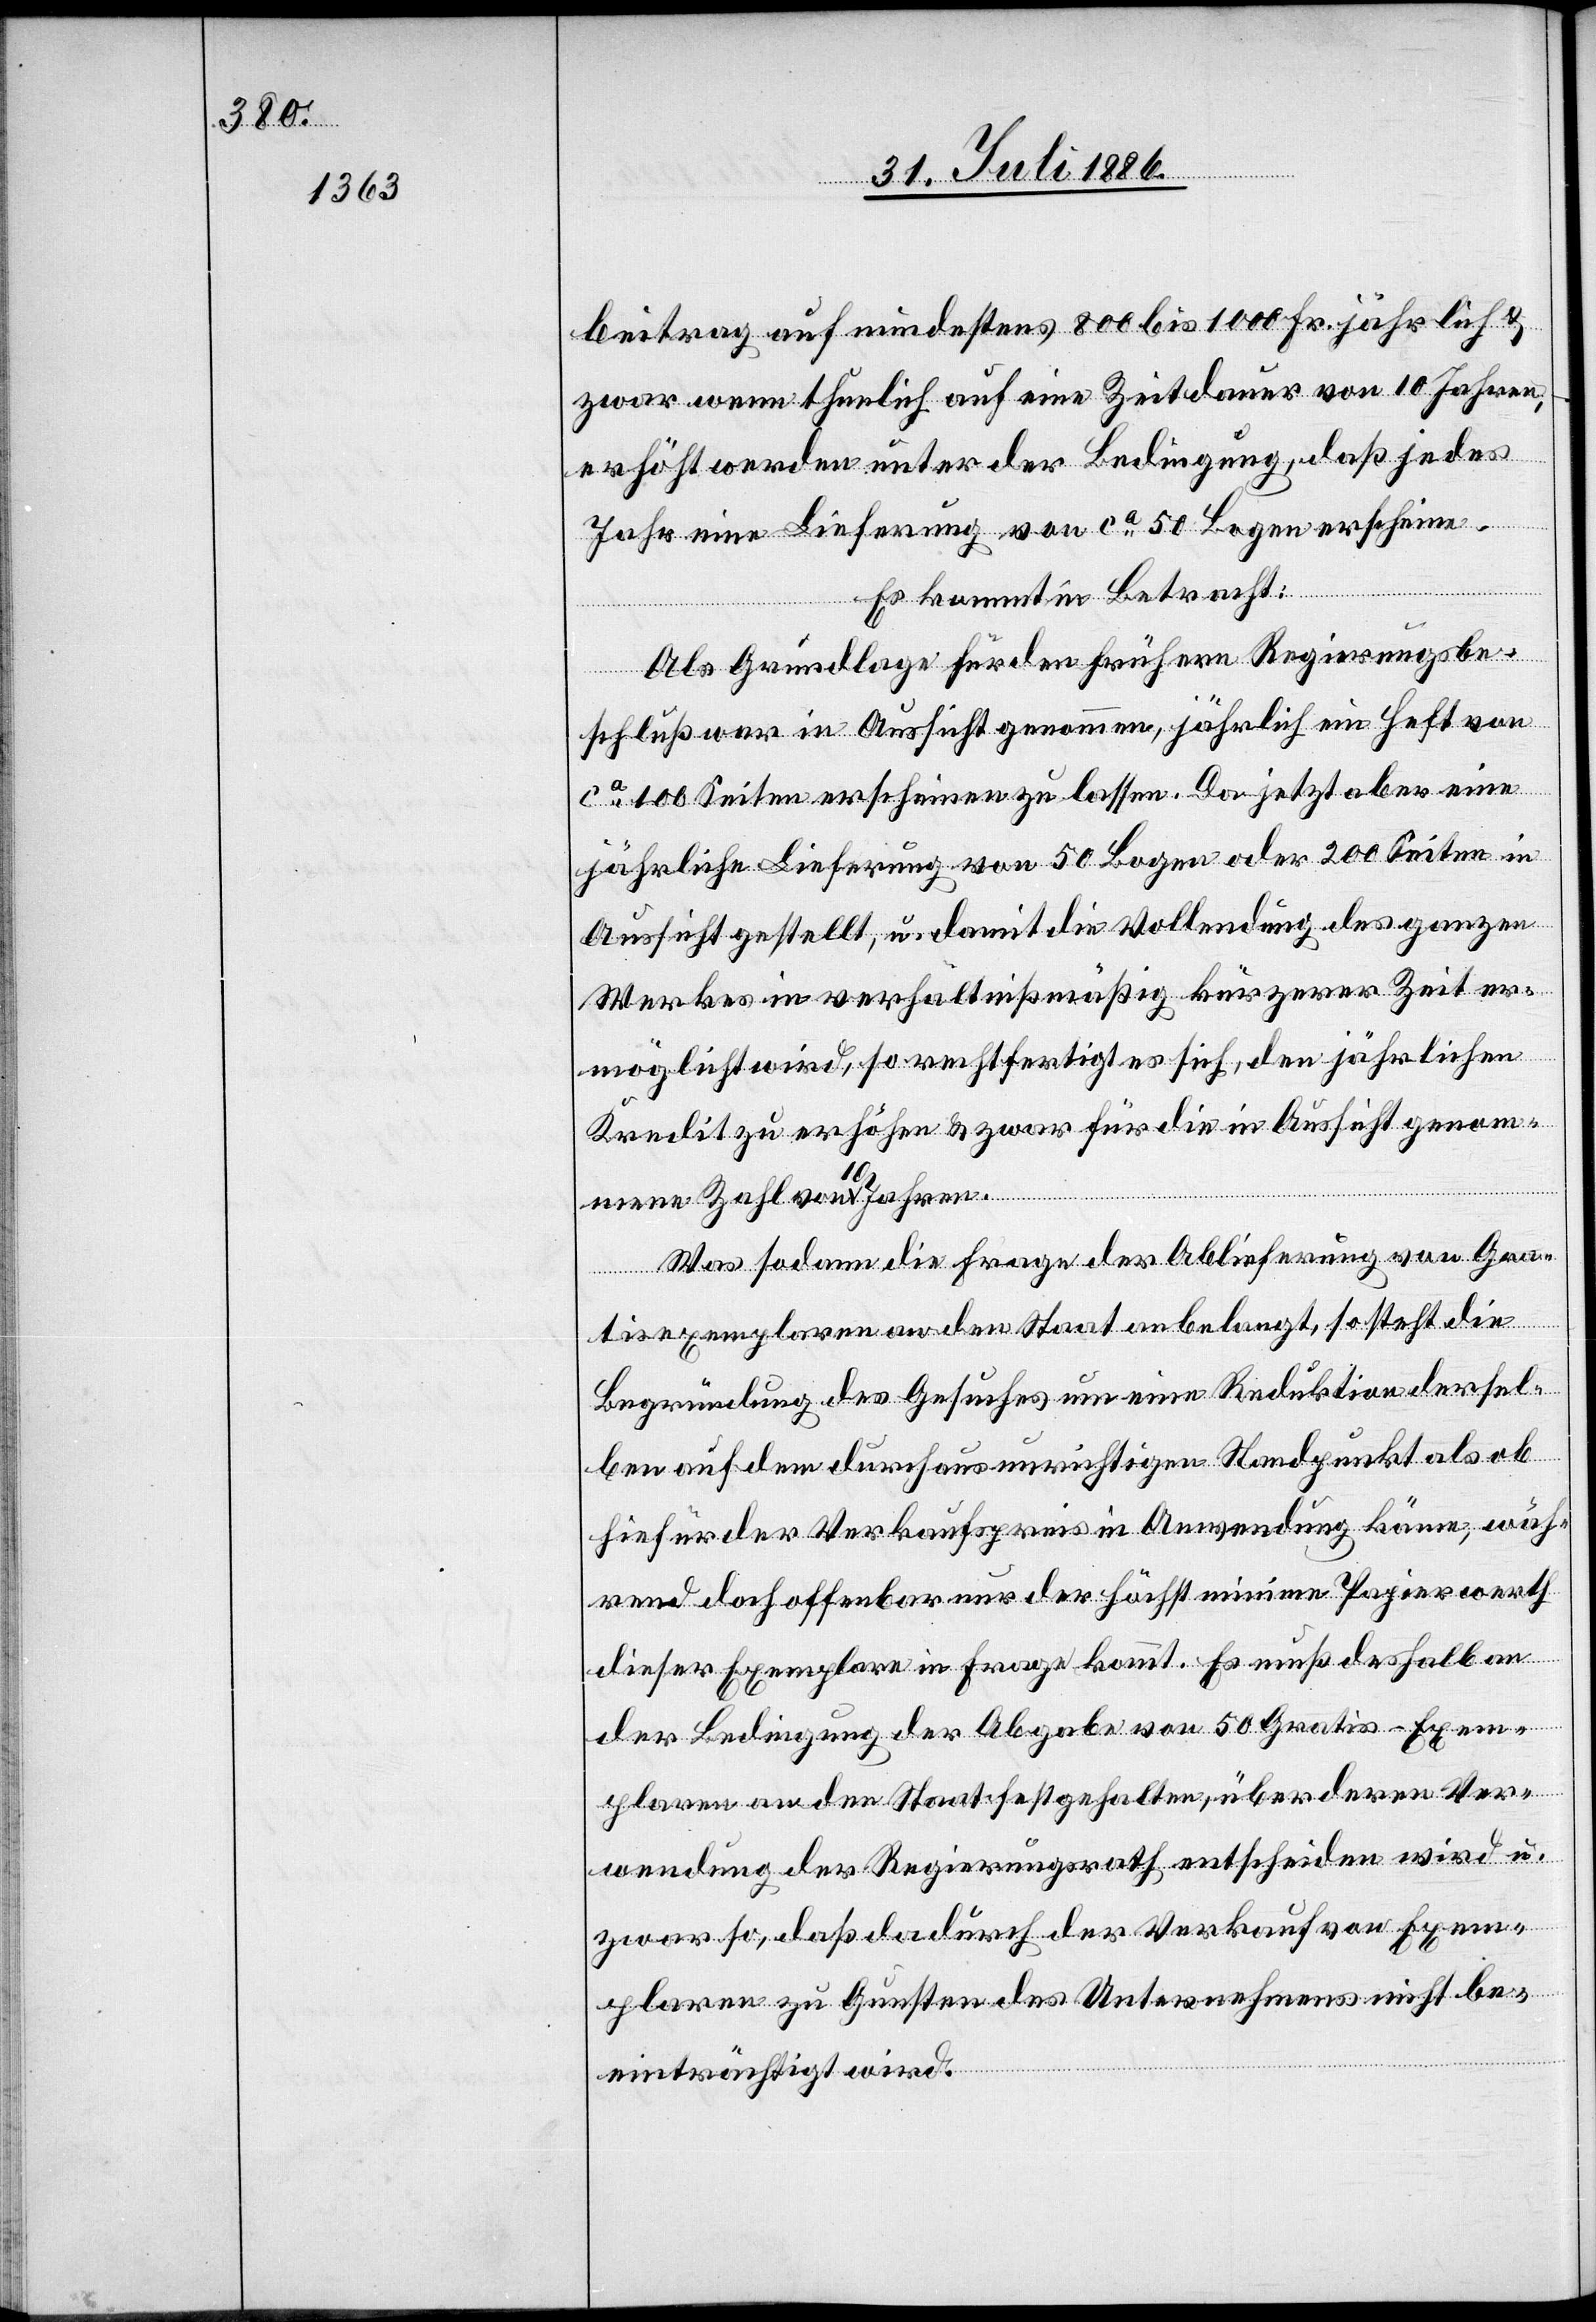
beitrag auf mindestens 800 bis 1000 Fr. jährlich &
zwar wenn thunlich auf eine Zeitdauer von 10 Jahren,
Ver¬
erhöht werden unter der Bedingung, daß jedes
Jahr eine Lieferung von ca 50 Bogen erscheine.
Es kommt in Betracht:
Als Grundlage für den frühern Regierungsbe¬
schluß war in Aussicht genommen, jährlich ein Heft von
ca 100 Seiten erscheinen zu lassen. Da jetzt aber eine
jährliche Lieferung von 50 Bogen oder 200 Seiten in
Aussicht gestellt, u. damit die Vollendung des ganzen
Werkes in verhältnißmäßig kürzerer Zeit er¬
möglicht wird, so rechtfertigt es sich, den jährlichen
Kredit zu erhöhen & zwar für die in Aussicht genom¬
mene Zahl von 10 Jahren.
Was sodann die Frage der Ablieferung von Gra¬
tisexemplaren an den Staat anbelangt, so steht die
Begründung des Gesuches um eine Reduktion dersel¬
ben auf dem durchaus unrichtigen Standpunkt als ob
hiefür der Verkaufspreis in Anwendung käme, wäh¬
rend doch offenbar nur der höchst minime Papierwerth
dieser Exemplare in Frage kommt. Es muß deshalb an
der Bedingung der Abgabe von 50 Gratis-Exem¬
plaren an den Staat festgehalten [werden], über
wendung der Regierungsrath entscheiden wird u.
zwar so, daß dadurch der Verkauf von Exem¬
plaren zu Gunsten des Unternehmers nicht be¬
einträchtigt wird.